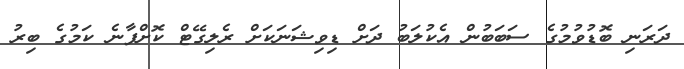
ދަރަނި ބޮޑުވުމުގެ ސަބަބުން އެކުލަބު ދަށް ޑިވިޝަނަކަށް ރެލިގޭޓް ކޮށްފާނެ ކަމުގެ ބިރު